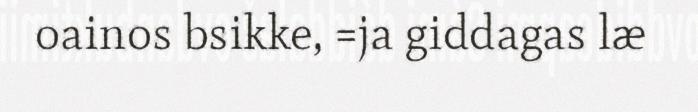
oainos bsikke, =ja giddagas læ